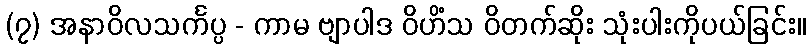
(၇) အနာဝိလသင်္ကပ္ပ - ကာမ ဗျာပါဒ ဝိဟိံသ ဝိတက်ဆိုး သုံးပါးကိုပယ်ခြင်း။